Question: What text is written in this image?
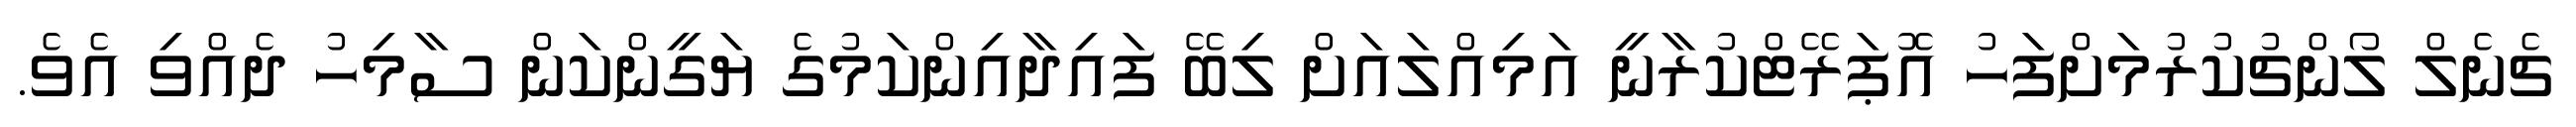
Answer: ޗެނެލް ލޯންޗުކުރުމަށްފަހު އޮޕަރޭޓްކުރާނީ އަމިއްލައަށް ލިބޭ ފައިދާއިންކަމުގެ ޔަގީންކަން ސާމިހު ދެއްވި އެވެ.